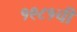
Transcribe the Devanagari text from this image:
१९८१ची